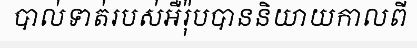
បាល់ទាត់របស់អឺរ៉ុបបាននិយាយកាលពី